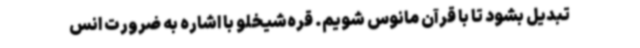
تبدیل بشود تا با قرآن مانوس شویم. قره‌شیخلو با اشاره به ضرورت انس